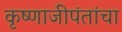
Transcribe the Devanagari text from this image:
कृष्णाजीपंतांचा